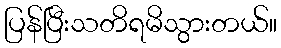
ပြန်ပြီးသတိရမိသွားတယ်။